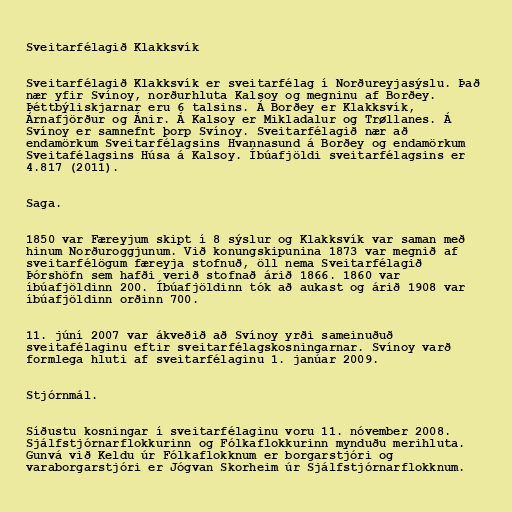
Sveitarfélagið Klakksvík

Sveitarfélagið Klakksvík er sveitarfélag í Norðureyjasýslu. Það
nær yfir Svínoy, norðurhluta Kalsoy og megninu af Borðey.
Þéttbýliskjarnar eru 6 talsins. Á Borðey er Klakksvík,
Árnafjörður og Ánir. Á Kalsoy er Mikladalur og Trøllanes. Á
Svínoy er samnefnt þorp Svínoy. Sveitarfélagið nær að
endamörkum Sveitarfélagsins Hvannasund á Borðey og endamörkum
Sveitafélagsins Húsa á Kalsoy. Íbúafjöldi sveitarfélagsins er
4.817 (2011).

Saga.

1850 var Færeyjum skipt í 8 sýslur og Klakksvík var saman með
hinum Norðuroggjunum. Við konungskipunina 1873 var megnið af
sveitarfélögum færeyja stofnuð, öll nema Sveitarfélagið
Þórshöfn sem hafði verið stofnað árið 1866. 1860 var
íbúafjöldinn 200. Íbúafjöldinn tók að aukast og árið 1908 var
íbúafjöldinn orðinn 700.

11. júní 2007 var ákveðið að Svínoy yrði sameinuðuð
sveitafélaginu eftir sveitarfélagskosningarnar. Svínoy varð
formlega hluti af sveitarfélaginu 1. janúar 2009.

Stjórnmál.

Síðustu kosningar í sveitarfélaginu voru 11. nóvember 2008.
Sjálfstjórnarflokkurinn og Fólkaflokkurinn mynduðu merihluta.
Gunvá við Keldu úr Fólkaflokknum er borgarstjóri og
varaborgarstjóri er Jógvan Skorheim úr Sjálfstjórnarflokknum.